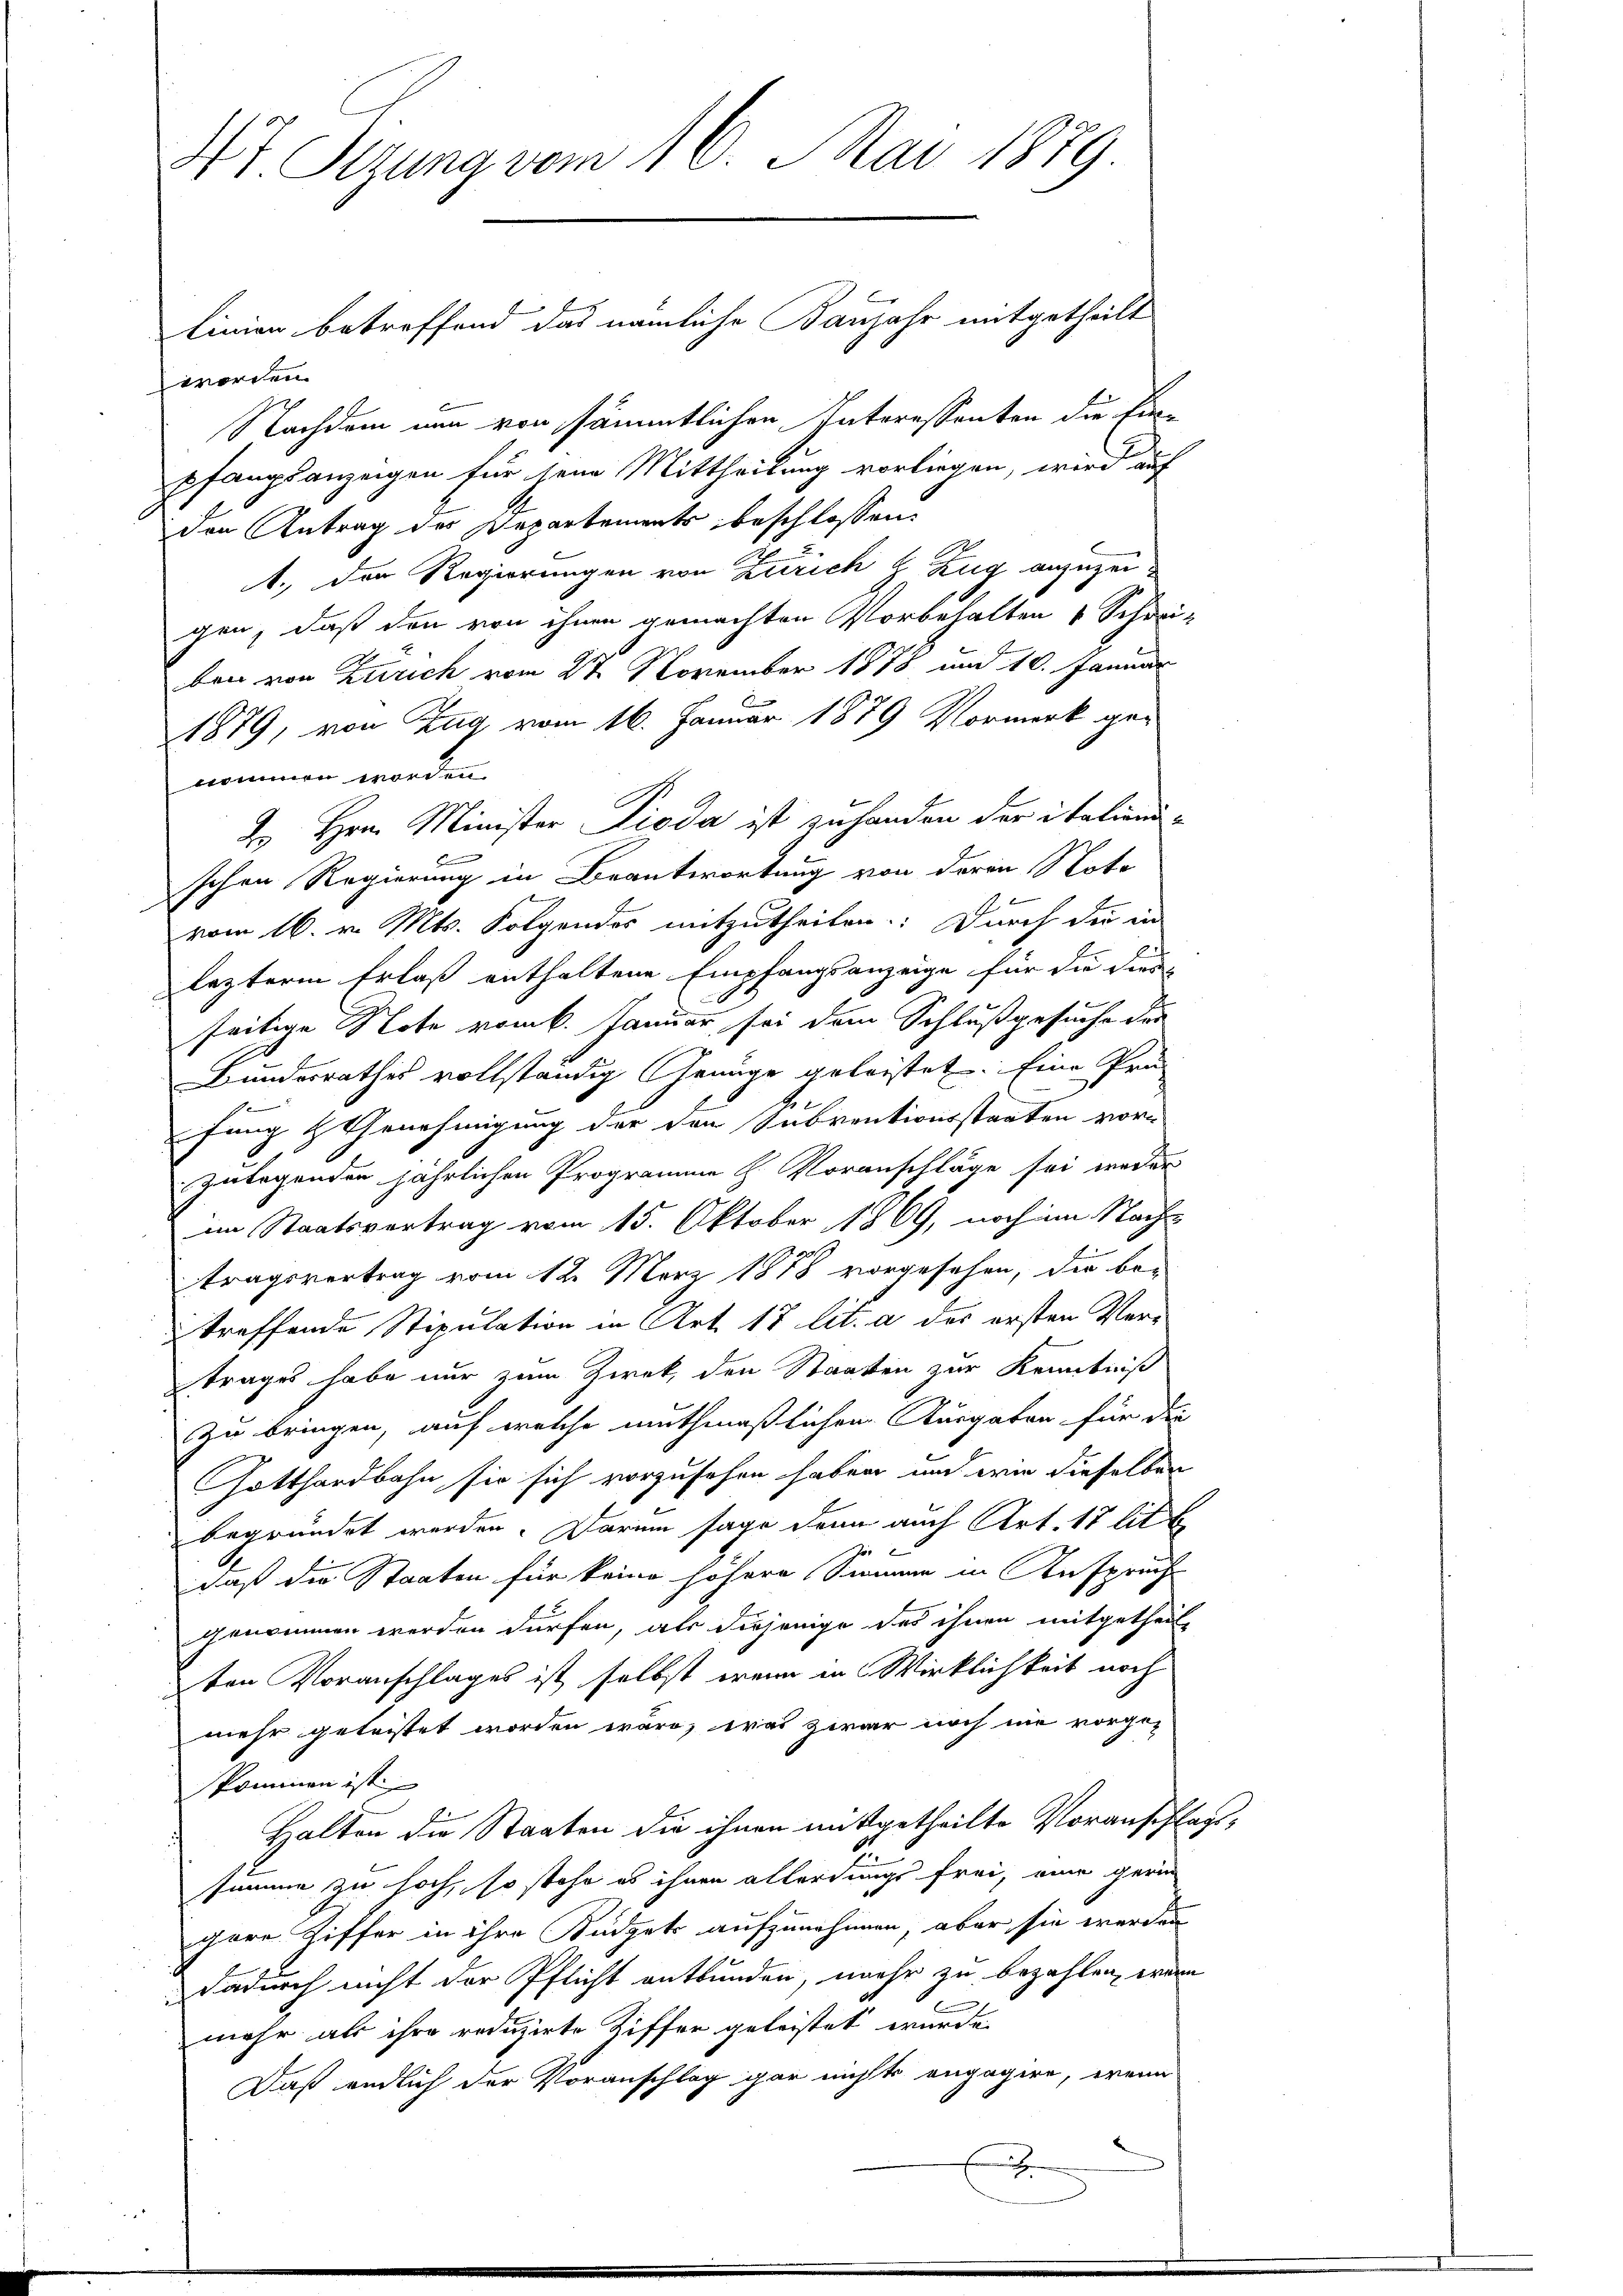
4t Sizung vom 16. Mai 1879.

worden.
Nachdem nun von sämmtlichen Interessanten die Ein-
pfangsanzeigen für jene Mittheilung vorliegen, wird auf
den Antrag des Departements beschlossen:
1., der Regierungen von Zürich & Zug anzuzeigen, daß den von ihnen gemachten Vorbehalten 4 Schrei-
ben von Zürich vom 27. November 1878 und 10. Januar
1879, von Zug vom 16. Januar 1879 Vormerk ge-
nommen worden.
In Hrn. Minister Pioda ist zu handen der italien-
B
schen Regierung in Beantwortung von deren Note
1
vom 16. v. Mts. Folgendes mitzutheilen: Durch die in
leztere Erlaß enthaltene Empfangsanzeige für die dies
seitige Note vom 6. Januar, sei dem Schluß gesuche der
Bundesrathes vollständig Genüge geleistet. Eine Prä
de
fung & Genehmigung der den Subventionsstaaten vor-
zulegenden jährlichen Programme H. Voranschläge sei weder
im Staatsvertrag vom 15. Oktober 1869, noch im Nach-
tragsvertrag vom 12. März 1878 vorgesehen, die be-
treffende Stipulation in Art. 17 lit. a des ersten Vertrages habe nur zum Zwek, den Staaten zur Kenntniß
zu bringen, auf welche muthmaßlichen Ausgaben für die
Gotthardbahn sie sich vorzusehen haben und wie dieselben
begründet werden. Darum sage dann auch Art. 17 litt.
daß die Staaten für keine höhere Simme in Anspruch
genommen werden dürfen, als diejenige des ihnen mitgetheilt
ten Voranschlages ist selbst wenn in Wirklichkeit noch
mehr geleistet worden wäre, was zwar noch nie vorge-
skommen ist.
Halten die Staaten die ihnen mitgetheilte Voranschlagssumme zu hoch, so stehe es ihnen allerdings frei, eine gerin
gern Ziffer in ihre Büdgets aufzunehmen, aber sie werden
dadurch nicht der Pflicht entbunden, mehr zu bezahlen, wenn
mehr als ihre reduzirte Ziffer geleistet wurde.
Daß endlich der Voranschlag gar nichts engagere, wenn

linien betreffend das nämliche Banjahr mitgetheilt

x